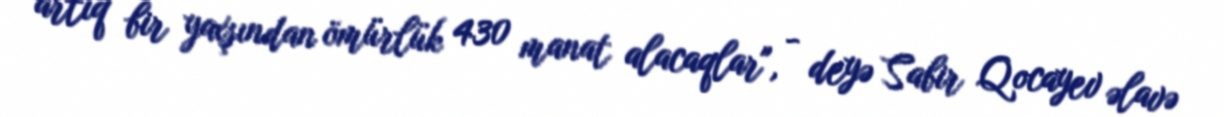
artıq bir yaxşından ömürlük 430 manat alacaqlar", - deyə Sabir Qocayev əlavə